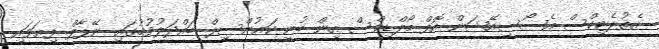
އެތުލެޓިކްސް އެސޯސިއޭޝަން އޮފް މޯލްޑިވްސް އިން ބުނީ ކައުންސިލް ބައްދަލުވުމުގައި ނޭޕާލް ފިޔަވައި